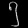
Digit: ၅